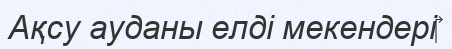
Ақсу ауданы елді мекендері‎